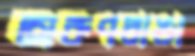
অরুণরাঙা